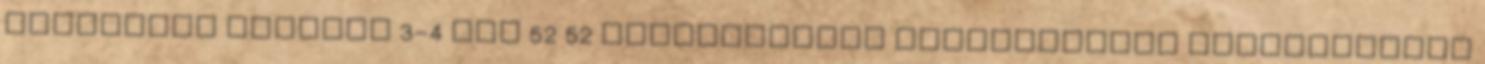
megkötése maximum 3-4 nap 52 52 JELENTKEZÉSI DOKUMENTÁCIÓ Jelentkezési